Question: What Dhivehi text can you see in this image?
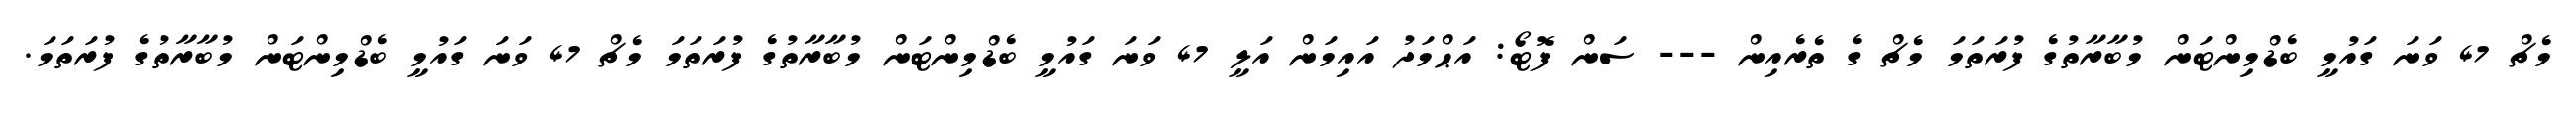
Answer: މެޗް 47 ވަނަ ގައުމީ ބެޑްމިންޓަން މުބާރާތުގެ ފުރަތަމަ މެޗް ގެ ތެރެއިން --- ސަން ފޮޓޯ: އަޙްމަދު އައިމަން އަލީ 47 ވަނަ ގައުމީ ބެޑްމިންޓަން މުބާރާތުގެ ފުރަތަމަ މެޗް 47 ވަނަ ގައުމީ ބެޑްމިންޓަން މުބާރާތުގެ ފުރަތަމަ.